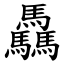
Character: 驫